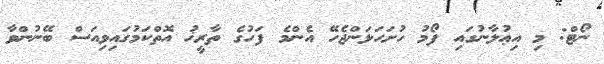
ނޯޓް: މި އިޢުލާނުގައި ފޯމު ހުށަހަޅަންޖެހޭ އެންމެ ފަހުގެ ތާރީޚު އޮތްކަމުގައިވިއަސް ބޭނުންވާ